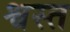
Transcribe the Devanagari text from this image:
श्वस्त